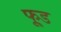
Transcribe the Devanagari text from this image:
फू़्ड